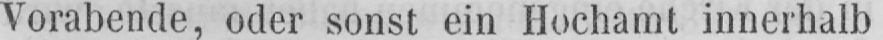
Vorabende, oder sonst ein Hochamt innerhalb